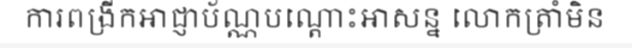
ការពង្រីកអាជ្ញាប័ណ្ណបណ្តោះអាសន្ន លោកត្រាំមិន